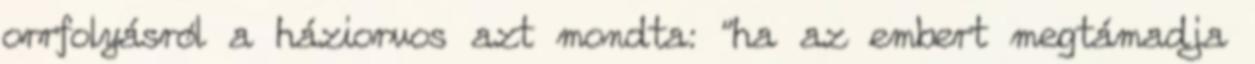
orrfolyásról a háziorvos azt mondta: "ha az embert megtámadja